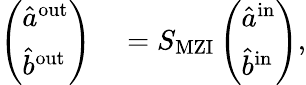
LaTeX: \begin{array}{rl}{\left(\begin{array}{l}{\hat{a}^{\mathrm{{out}}}}\\ {\hat{b}^{\mathrm{{out}}}}\end{array}\right)}&{{}=S_{\mathrm{{MZI}}}\left(\begin{array}{l}{\hat{a}^{\mathrm{{in}}}}\\ {\hat{b}^{\mathrm{{in}}}}\end{array}\right),}\end{array}